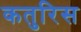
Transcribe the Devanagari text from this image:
कतुरिस